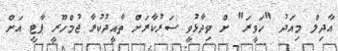
އާދިލް މިއަދު "ހަވީރަ" ށް ވިދާޅުވީ ސަރުކާރަށް ތާއީދުކުރާ ޖުމްހޫރީ ޕާޓީ އަށް